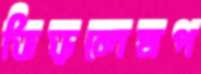
ভিড়লেমপ